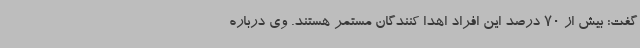
گفت: بیش از 70 درصد این افراد اهدا کنندگان مستمر هستند. وی درباره